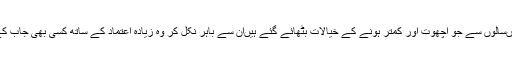
اور خواتین کے دل و دماغ میں‌جو ہزاروں‌سالوں‌ سے جو اچھوت اور کمتر ہونے کے خیالات بٹھائے گئے ہیں‌ان سے باہر نکل کر وہ زیادہ اعتماد کے ساتھ کسی بھی جاب کے لئیے برابری سے مقابلہ کرسکیں گی۔